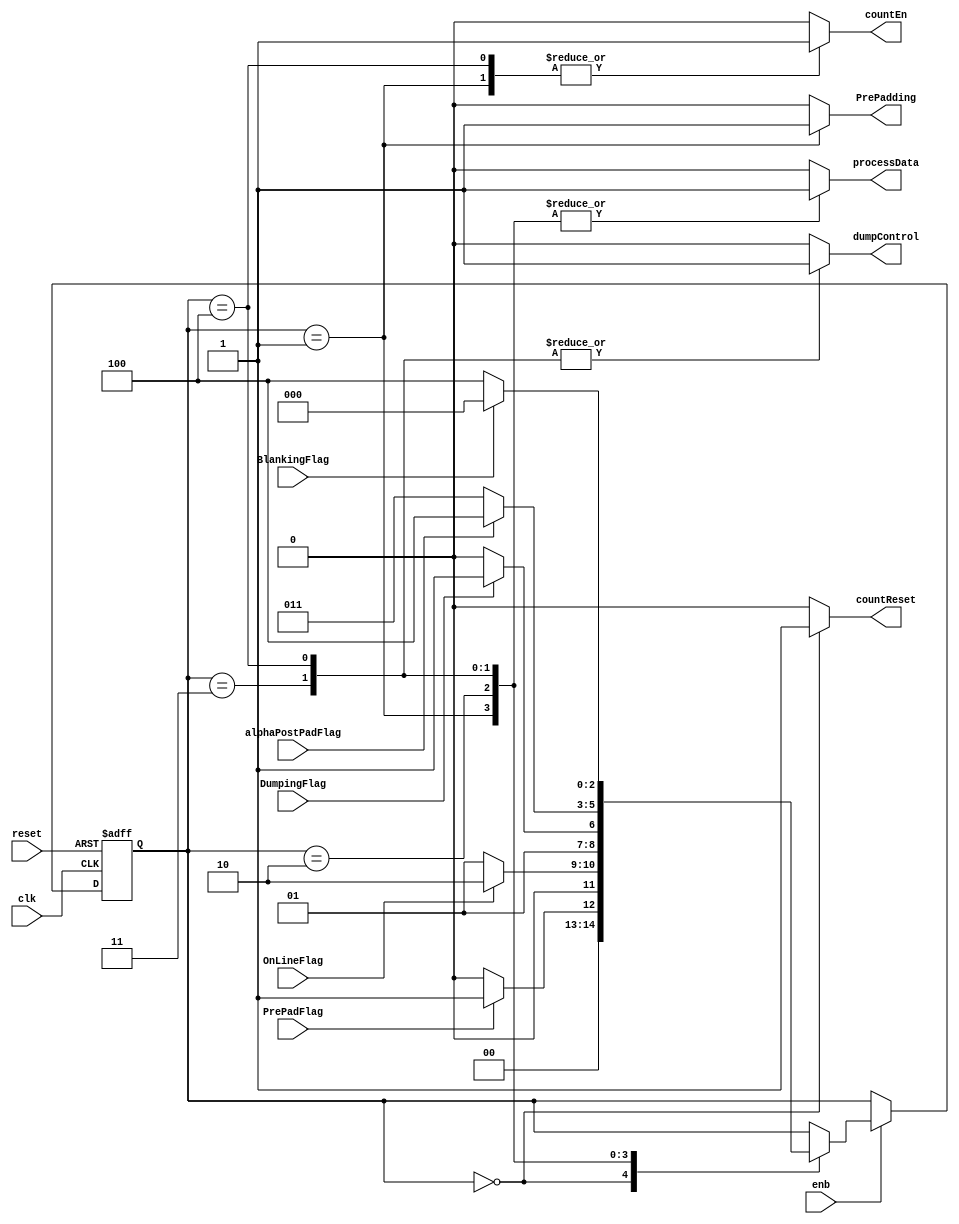
// -------------------------------------------------------------
// 
// 
// Generated by MATLAB 9.13 and HDL Coder 4.0
// 
// -------------------------------------------------------------


// -------------------------------------------------------------
// 
// Module: PaddingController_block
// Source Path: BlobAnalysisHDL/BlobDetector/CCA_Algorithm/Closing/LineBuffer/PaddingController
// Hierarchy Level: 4
// 
// -------------------------------------------------------------

`timescale 1 ns / 1 ns

module PaddingController_block
          (clk,
           reset,
           enb,
           PrePadFlag,
           OnLineFlag,
           alphaPostPadFlag,
           DumpingFlag,
           BlankingFlag,
           processData,
           countReset,
           countEn,
           dumpControl,
           PrePadding);


  input   clk;
  input   reset;
  input   enb;
  input   PrePadFlag;
  input   OnLineFlag;
  input   alphaPostPadFlag;
  input   DumpingFlag;
  input   BlankingFlag;
  output  processData;
  output  countReset;
  output  countEn;
  output  dumpControl;
  output  PrePadding;


  reg [2:0] PaddingController_FSMState;  // ufix3
  reg [2:0] PaddingController_FSMState_next;  // ufix3
  reg  processData_1;
  reg  countReset_1;
  reg  countEn_1;
  reg  dumpControl_1;
  reg  PrePadding_1;


  // Padding Controller
  always @(posedge clk or posedge reset)
    begin : PaddingController_process
      if (reset == 1'b1) begin
        PaddingController_FSMState <= 3'b000;
      end
      else begin
        if (enb) begin
          PaddingController_FSMState <= PaddingController_FSMState_next;
        end
      end
    end

  always @(BlankingFlag, DumpingFlag, OnLineFlag, PaddingController_FSMState, PrePadFlag,
       alphaPostPadFlag) begin
    PaddingController_FSMState_next = PaddingController_FSMState;
    case ( PaddingController_FSMState)
      3'b000 :
        begin
          processData_1 = 1'b0;
          countReset_1 = 1'b1;
          countEn_1 = 1'b0;
          dumpControl_1 = 1'b0;
          PrePadding_1 = 1'b0;
          if (PrePadFlag != 1'b0) begin
            PaddingController_FSMState_next = 3'b001;
          end
          else begin
            PaddingController_FSMState_next = 3'b000;
          end
        end
      3'b001 :
        begin
          processData_1 = 1'b1;
          countReset_1 = 1'b0;
          countEn_1 = 1'b1;
          dumpControl_1 = 1'b0;
          PrePadding_1 = 1'b1;
          if (OnLineFlag != 1'b0) begin
            PaddingController_FSMState_next = 3'b010;
          end
          else begin
            PaddingController_FSMState_next = 3'b001;
          end
        end
      3'b010 :
        begin
          processData_1 = 1'b1;
          countReset_1 = 1'b0;
          countEn_1 = 1'b0;
          dumpControl_1 = 1'b0;
          PrePadding_1 = 1'b0;
          if (DumpingFlag != 1'b0) begin
            PaddingController_FSMState_next = 3'b011;
          end
          else begin
            PaddingController_FSMState_next = 3'b010;
          end
        end
      3'b011 :
        begin
          processData_1 = 1'b1;
          countReset_1 = 1'b0;
          countEn_1 = 1'b0;
          dumpControl_1 = 1'b1;
          PrePadding_1 = 1'b0;
          if (alphaPostPadFlag != 1'b0) begin
            PaddingController_FSMState_next = 3'b100;
          end
          else begin
            PaddingController_FSMState_next = 3'b011;
          end
        end
      3'b100 :
        begin
          processData_1 = 1'b1;
          countReset_1 = 1'b0;
          countEn_1 = 1'b1;
          dumpControl_1 = 1'b1;
          PrePadding_1 = 1'b0;
          if (BlankingFlag != 1'b0) begin
            PaddingController_FSMState_next = 3'b000;
          end
          else begin
            PaddingController_FSMState_next = 3'b100;
          end
        end
      default :
        begin
          processData_1 = 1'b0;
          countReset_1 = 1'b0;
          countEn_1 = 1'b0;
          dumpControl_1 = 1'b0;
          PrePadding_1 = 1'b0;
        end
    endcase
  end



  assign processData = processData_1;

  assign countReset = countReset_1;

  assign countEn = countEn_1;

  assign dumpControl = dumpControl_1;

  assign PrePadding = PrePadding_1;

endmodule  // PaddingController_block